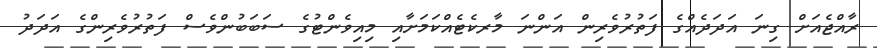
ރާއްޖެއަށް ގިނަ އަދަދެއްގެ ފަތުރުވެރިން އަންނަ މާރކެޓެއްކަމަށާއި މިއިވެންޓުގެ ސަބަބުންވެސް ފަތުރުވެރިންގެ އަދަދު